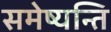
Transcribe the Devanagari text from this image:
समेष्यन्ति